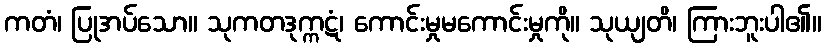
ကတံ၊ ပြုအပ်သော။ သုကတဒုက္ကဋံ၊ ကောင်းမှုမကောင်းမှုကို။ သုယျတိ၊ ကြားဘူးပါ၏။